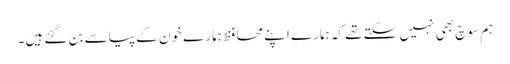
ہم سوچ بھی نہیں سکتے تھے کہ ہمارے اپنے محافظ ہمارے خون کے پیاسے بن گئے ہیں۔